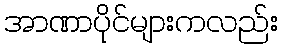
အာဏာပိုင်များကလည်း